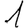
Digit: 1